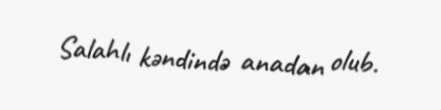
Salahlı kəndində anadan olub.